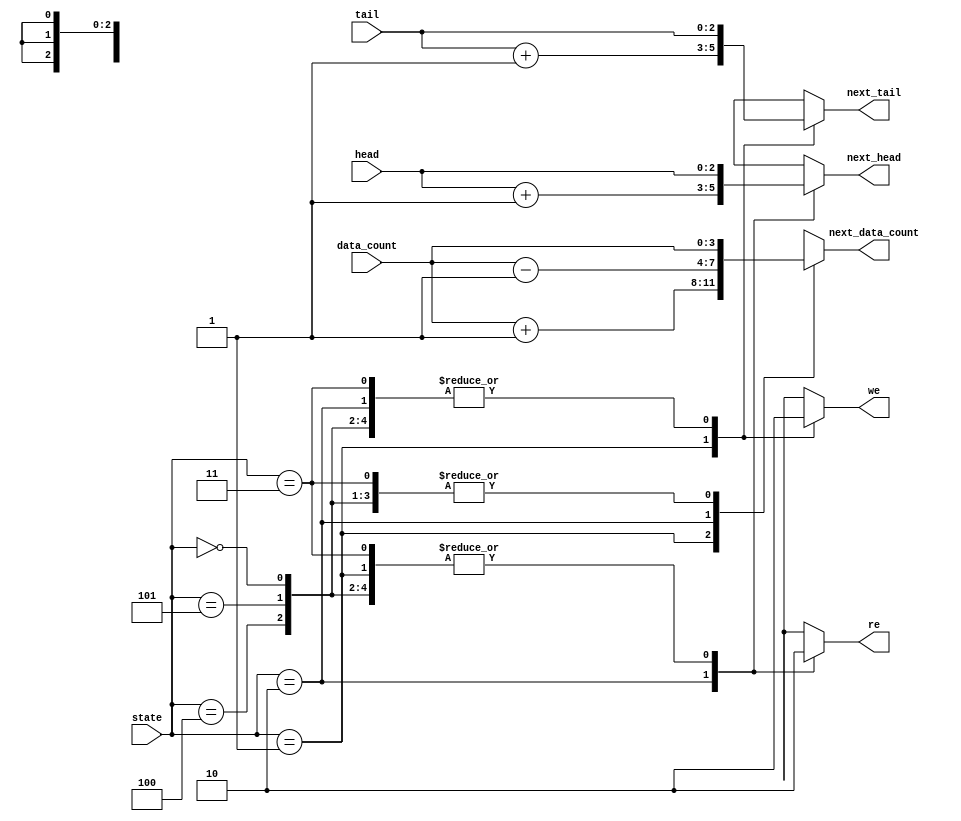
module fifo_cal(state, head, tail, data_count, we, re, next_head, next_tail, next_data_count);				//declare fifo_cal module
input [2:0] state, head, tail;																//set state,head,tail to input
input [3:0] data_count;																			//set data_count to input

output we, re;																						//set we, re to output
output [2:0] next_head, next_tail;															//set next head tail to output
output [3:0] next_data_count;																	//set next data count to output

reg [2:0] next_head, next_tail;																//set register
reg [3:0] next_data_count;																		//set register
reg we,re;																							//set register

parameter INIT = 3'b000;																		//set 3'b000 to INIT
parameter WRITE = 3'b001;																		//set 3'b001 to WRITE
parameter READ = 3'b010;																		//set 3'b010 to READ
parameter WR_ERROR = 3'b011;																	//set 3'b011 to WR_ERROR
parameter RD_ERROR = 3'b100;																	//set 3'b100 to RD_ERROR
parameter NO_OP = 3'b101;

always@(state, head, tail, data_count)														//whenever state, head, tail, data_count is changed..
begin
case (state)																						//if state is..

INIT://initial state
begin
next_head<=head;
next_tail<=tail;
next_data_count<=data_count;
we<=1'b0;
re<=1'b0;
end

WRITE://write state
begin
next_head<=head;
next_tail<=tail+3'b001;
next_data_count<=data_count+4'b0001;
we<=1'b1;
re<=1'b0;
end

READ://read state
begin
next_head<=head+3'b001;
next_tail<=tail;
next_data_count<=data_count-4'b0001;
we<=1'b0;
re<=1'b1;
end

WR_ERROR://write error state
begin
next_head<=head;
next_tail<=tail;
next_data_count<=data_count;
we<=1'b0;
re<=1'b0;	
end

RD_ERROR://read error state
begin
next_head<=head;
next_tail<=tail;
next_data_count<=data_count;
we<=1'b0;
re<=1'b0;	
end

NO_OP://no operation
begin
next_head<=head;
next_tail<=tail;
next_data_count<=data_count;
we<=1'b0;
re<=1'b0;
end

default :	//default
begin
next_head<=3'bxxx;
next_tail<=3'bxxx;
next_data_count<=4'bxxxx;
we<=1'bx;
re<=1'bx;
end

endcase
end
endmodule